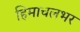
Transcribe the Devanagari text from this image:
हिमाचलभर